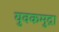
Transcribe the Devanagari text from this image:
युवकमुद्रा